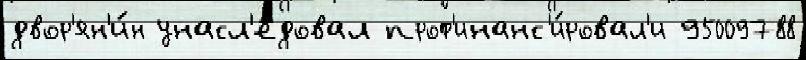
двор'ян'и́н унасл'е́довал проф'инанс'и́ровал'и 95009788